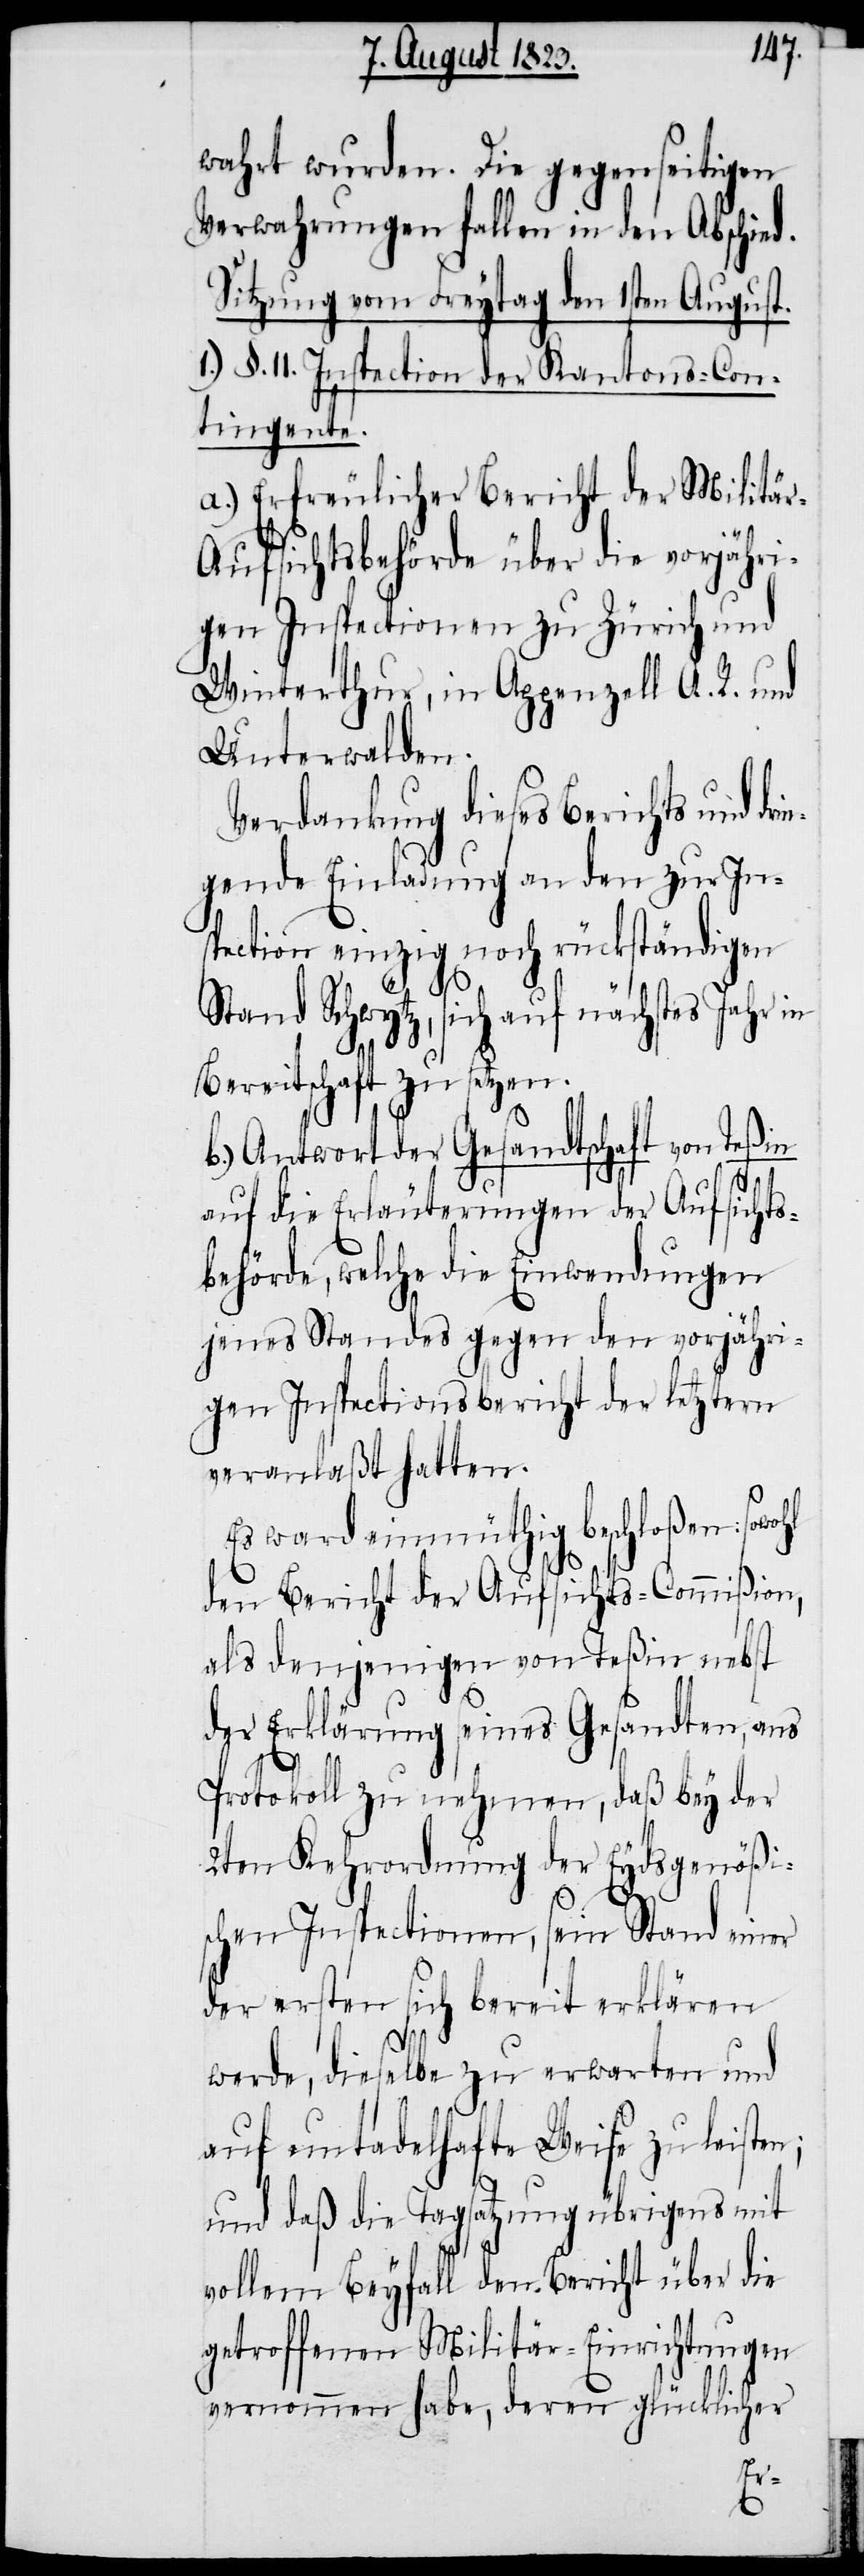
wahrt wurden. Die gegenseitigen
Verwahrungen fallen in den Abschied.
Sitzung vom Freytag den 1sten August.
1.) §. 11. Inspection der Kantons-Con¬
tingente.
a.) Erfreulicher Bericht der Militä¬
r-Aufsichtsbehörde über die vorjähri¬
gen Inspectionen zu Zürich und
Winterthur, in Appenzell A. R. und
Unterwalden.
Verdankung dieses Berichts und dr¬
gende Einladung an den zur Ins¬
pection einzig noch rückständigen
tand Schwytz, sich auf nächstes Jahr
Bereitschaft zu setzen.
b.) Antwort der Gesandtschaft von Teßin
auf die Erläuterungen der Aufsichts¬
behörde, welche die Einwendungen
jenes Standes gegen den vorjähri¬
gen Inspectionsbericht der letztern
veranlaßt hatten.
Es ward einmüthig beschloßen;
den Bericht der Aufsichts-Commißion,
als denjenigen von Teßin nebst
der Erklärung seines Gesandten, ans
Protokoll zu nehmen, daß bey der
2ten Kehrordnung der Eydsgenößis¬
chen Inspectionen, sein Stand einer
der ersten sich bereit erklären
werde, dieselbe zu erwarten und
auf untadelhafte Weise zu leisten;
und daß die Tagsatzung übrigens mit
vollem Beyfall den Bericht über die
getroffenen Militär-Einrichtungen
vernommen habe, deren glücklicher
S¬